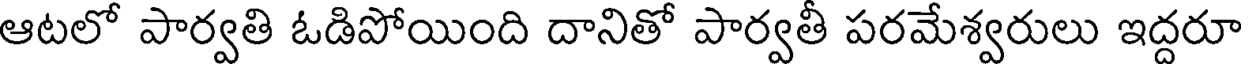
ఆటలో పార్వతి ఓడిపోయింది దానితో పార్వతీ పరమేశ్వరులు ఇద్దరూ